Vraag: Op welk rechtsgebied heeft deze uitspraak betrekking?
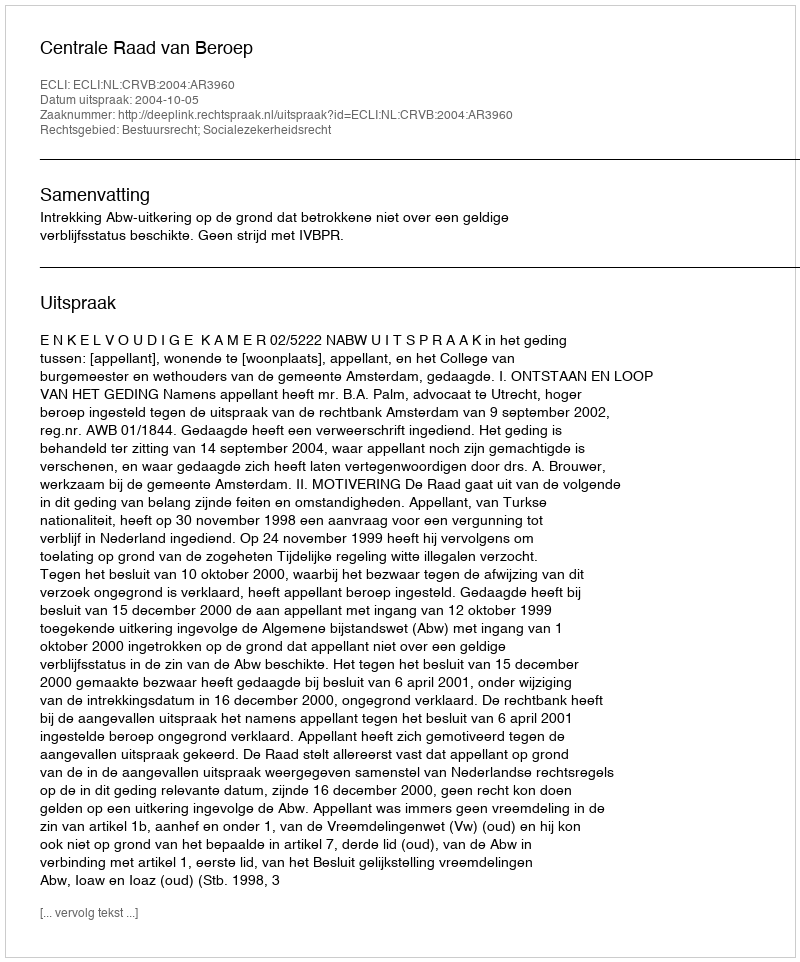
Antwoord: Bestuursrecht; Socialezekerheidsrecht